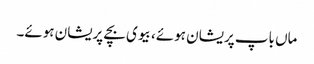
ماں باپ پریشان ہوئے، بیوی بچے پریشان ہوئے۔